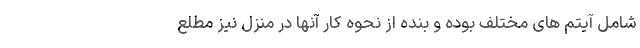
شامل آیتم های مختلف بوده و بنده از نحوه کار آنها در منزل نیز مطلع